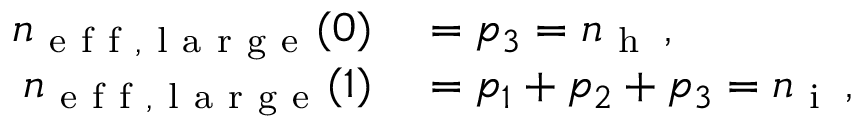
\begin{array} { r l } { n _ { \mathrm { ~ e ~ f ~ f ~ , ~ l ~ a ~ r ~ g ~ e ~ } } ( 0 ) } & { { } = p _ { 3 } = n _ { \mathrm { ~ h ~ } } \, , } \\ { n _ { \mathrm { ~ e ~ f ~ f ~ , ~ l ~ a ~ r ~ g ~ e ~ } } ( 1 ) } & { { } = p _ { 1 } + p _ { 2 } + p _ { 3 } = n _ { \mathrm { ~ i ~ } } \, , } \end{array}